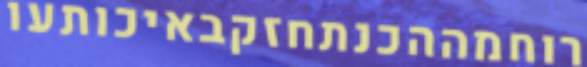
רוחמההכנתחזקבאיכותעו